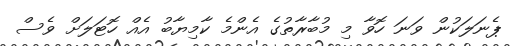
ޕެނަލަކުން ވަނަ ހޮވާ މި މުބާރާތުގެ އެންމެ ކާމިޔާބު އެއް ހޮޓަލަށް ވެސް